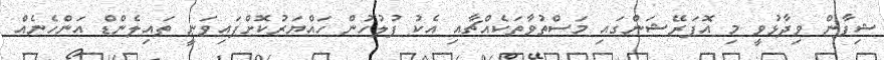
ޝިފާން ވިދާޅުވީ މި އޮޕަރޭޝަންގައި މަސްތުވާތަކެއްޗާއި އެކު ފުލުހުން ހައްޔަރުކޮށްފައިވަނީ ތައިލެންޑް އަންހެނެއް